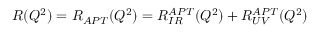
R ( Q ^ { 2 } ) = R _ { A P T } ( Q ^ { 2 } ) = R _ { I R } ^ { A P T } ( Q ^ { 2 } ) + R _ { U V } ^ { A P T } ( Q ^ { 2 } )